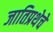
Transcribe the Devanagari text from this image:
जातिप्रथेचे